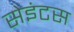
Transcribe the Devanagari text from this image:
सेइंटस